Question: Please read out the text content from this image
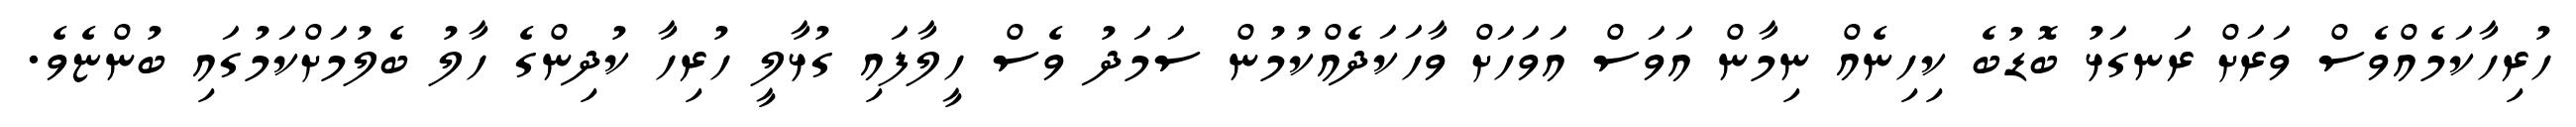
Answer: ހުރިހާކަމެއްވެސް ވަރަށް ރަނގަޅު ބޮޑުބެ ކިހިނެއް ނިމާން އަވަސް އަވަހަށް ވާހަކަދެއްކުމުން ސަމަދު ވެސް ހީލާފައި ގުޅާލީ ހުރިހާ ކުދިންގެ ހާލު ބެލުމަށްކަމުގައި ބުންޏެވެ.